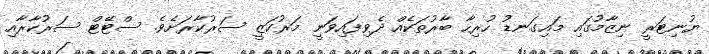
ޔުނިޓަރީ ނިޒާމުގައި މައިގަނޑު ހުރިހާ ބާރުތަކެއް ދެވިފައިވަނީ މަރުކަޒީ ސަރުކާރަށެވެ. ސްޓޭޓް ސަރުކާރާއި